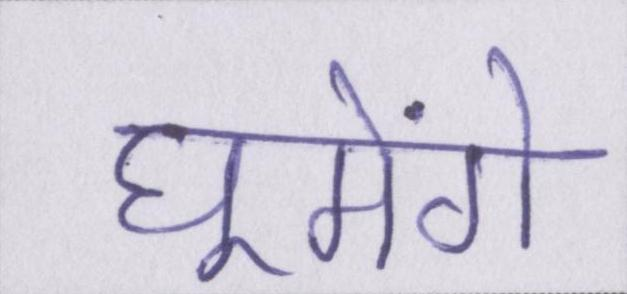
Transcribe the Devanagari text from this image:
घूमेंगे